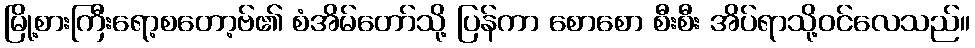
မြို့စားကြီးရော့စတော့ဗ်၏ စံအိမ်တော်သို့ ပြန်ကာ စောစော စီးစီး အိပ်ရာသို့ဝင်လေသည်။